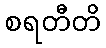
စရတီတိ